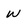
Character: w